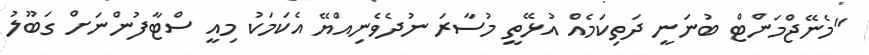
"މެނޭޖްމަންޓް ބުނަނީ ދަތިކަމެއް އުޅޭތީ މުސާރަ ނުދެވެނިއްޔޭ އެކަމަކު މިއީ ސްޓާފުންނަށް ގަބޫލު